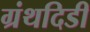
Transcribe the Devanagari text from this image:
ग्रंथदिडी